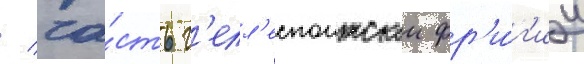
/ ча́сть г'елл'еспонтскои фр'и́г'ии